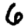
Digit: 6